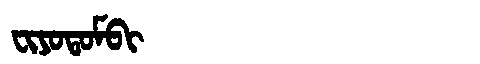
Manchu: ᠸᡳᠶᠣᡨᠣᠮᠪᡳ
Romanization: FIYOTOMBI